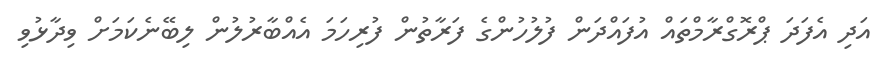
އަދި އެފަދަ ޕްރޮގްރާމްތައް އުފައްދަން ފުލުހުންގެ ފަރާތުން ފުރިހަމަ އެއްބާރުލުން ލިބޭނެކަމަށް ވިދާޅުވި